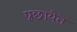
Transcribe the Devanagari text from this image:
प्रछायेत